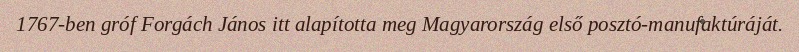
1767-ben gróf Forgách János itt alapította meg Magyarország első posztó-manufaktúráját.